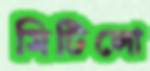
মিটিলো